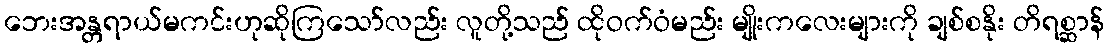
ဘေးအန္တရာယ်မကင်းဟုဆိုကြသော်လည်း လူတို့သည် ထိုဝက်ဝံမည်း မျိုးကလေးများကို ချစ်စနိုး တိရစ္ဆာန်